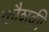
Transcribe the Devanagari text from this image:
कौशकी